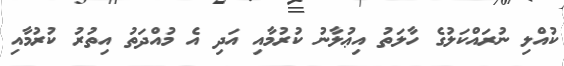
ކުއްލި ނުރައްކަލުގެ ހާލަތު އިޢުލާނު ކުރުމާއި އަދި އެ މުއްދަތު އިތުރު ކުރުމާއި